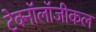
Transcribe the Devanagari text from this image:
टेक्नॉलॉजीकल